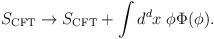
LaTeX: \begin{align*}S_{\rm CFT}\to S_{\rm CFT}+\int d^{d}x\; \phi \Phi(\phi) .\end{align*}